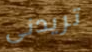
تريدنى